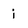
Character: i